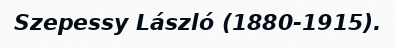
Szepessy László (1880-1915).